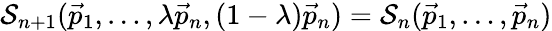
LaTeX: {\cal S}_{n+1}(\vec{p}_{1},\dots,\lambda\vec{p}_{n},(1-\lambda)\vec{p}_{n})={\cal S}_{n}(\vec{p}_{1},\dots,\vec{p}_{n})